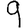
Digit: 9